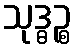
သုဒ္ဓဉ္စ